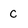
Character: C